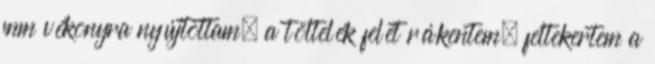
mm vékonyra nyújtottam, a töltelék felét rákentem, feltekertem a